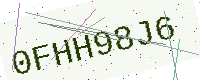
Text: 0FHH98J6